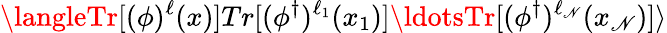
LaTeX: \langleTr[(\phi)^{\ell}(x)]Tr[(\phi^{\dagger})^{\ell_{1}}(x_{1})]\ldotsTr[(\phi^{\dagger})^{\ell_{\mathscr{N}}}(x_{\mathscr{N}})]\rangle